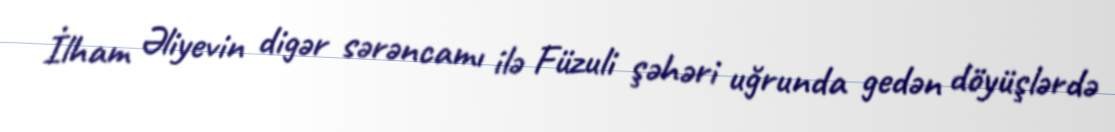
İlham Əliyevin digər sərəncamı ilə Füzuli şəhəri uğrunda gedən döyüşlərdə